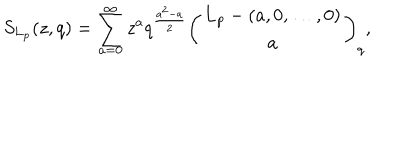
S _ { \mathbf { L } _ { p } } ( z , q ) = \sum _ { a = 0 } ^ { \infty } z ^ { a } q ^ { \frac { a ^ { 2 } - a } { 2 } } \left( \begin{matrix} { { { \mathbf { L } _ { p } - ( a , 0 , \dots , 0 ) } } } \\ { { a } } \\ \end{matrix} \right) _ { q } ,